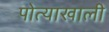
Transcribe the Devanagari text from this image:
पोत्याखाली